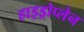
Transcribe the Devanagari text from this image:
हाइड्रोप्लेन